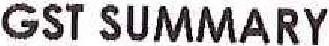
GST SUMMARY